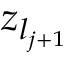
z _ { l _ { j + 1 } }